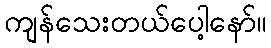
ကျန်သေးတယ်ပေါ့နော်။